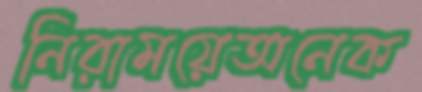
নিরাময়েঅনেক